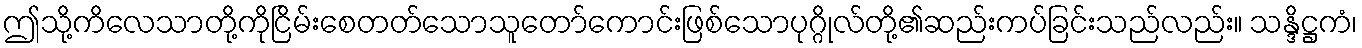
ဤသို့ကိလေသာတို့ကိုငြိမ်းစေတတ်သောသူတော်ကောင်းဖြစ်သောပုဂ္ဂိုလ်တို့၏ဆည်းကပ်ခြင်းသည်လည်း။ သန္ဒိဋ္ဌကံ၊